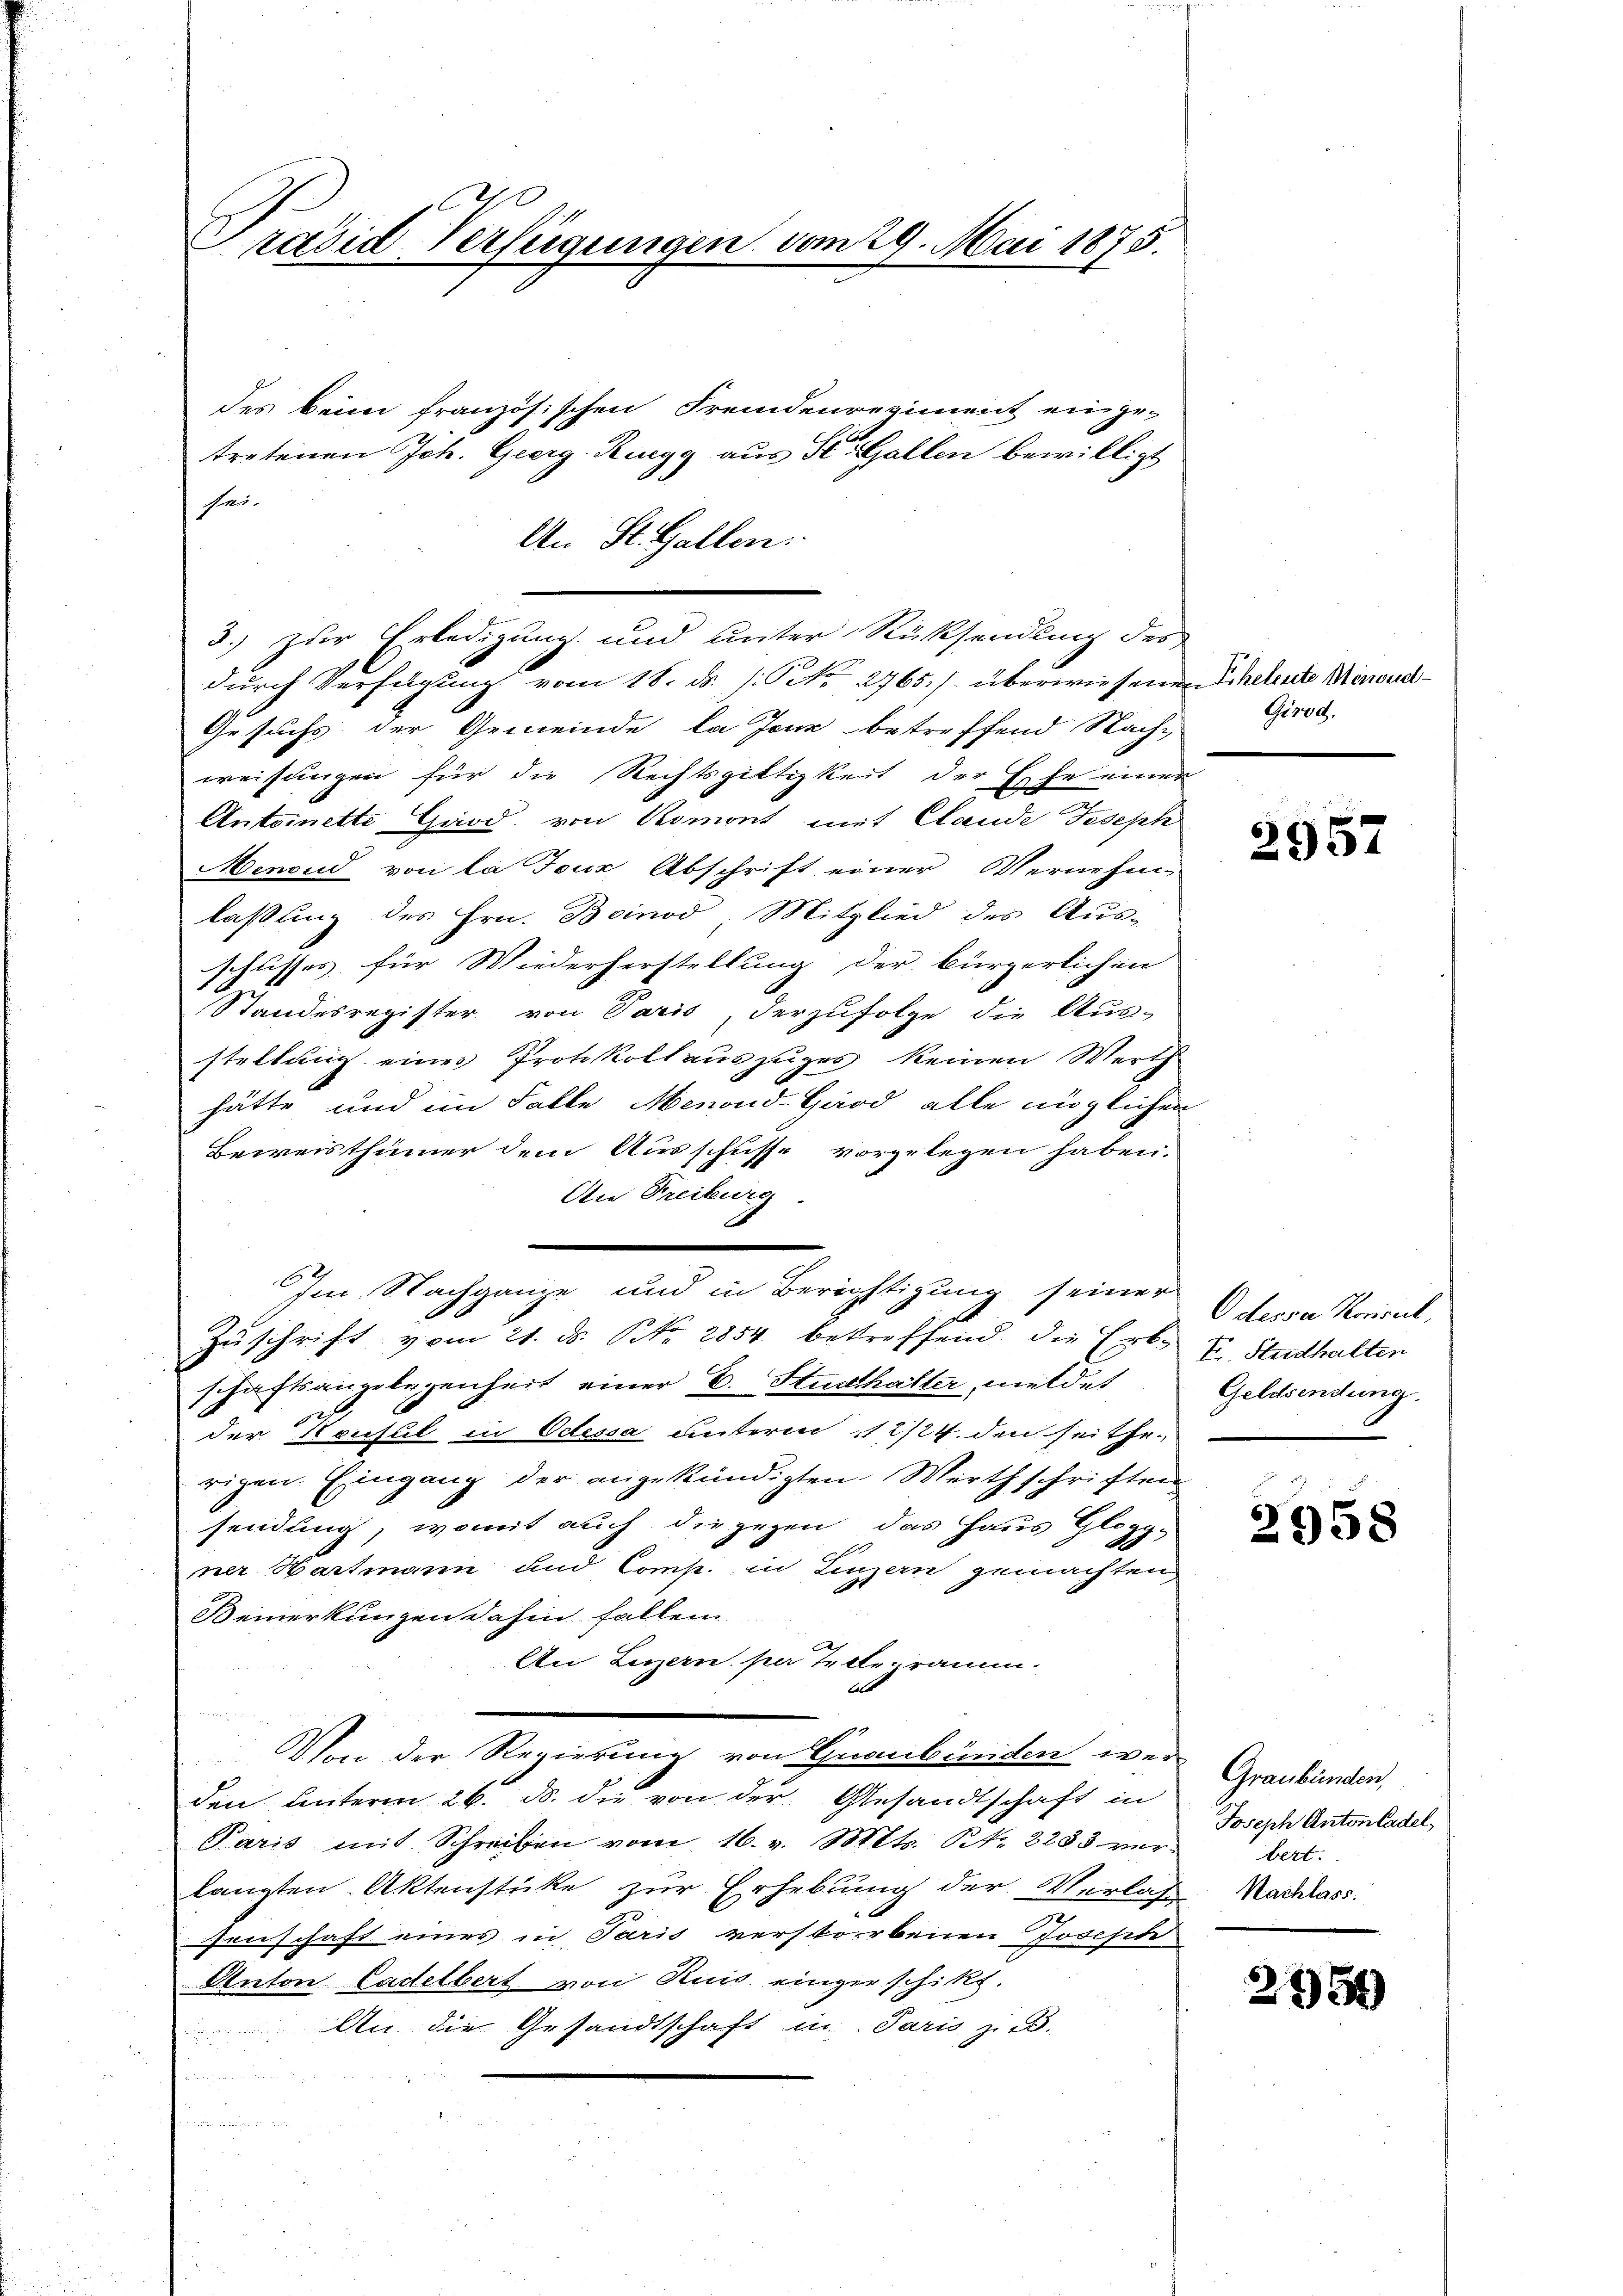
räsid-Verfügungen vom 29. Mai 1875.

durch Verfügung vom 18. ds. /: No 2765./. überwiesen.
Gesuchs der Gemeinde la Jona betreffend Nach-
weisungen für die Rechtsgültigkeit der Ehe eine
Antoinette Gard, von Romont mit Claude Joseph
Menoud von la Joux Abschrift einer Vernehm
laßung des Hrn. Beinod Mitglied des Aus-
schusses für Wiederherstellung der bürgerlichen
Standesregister von Paris, derzufolge die Aus-
stellung eines Protokoll auszuges keinen Wert-
hätte und im Falle Menoud-Gard alle mögliche
Beweisthümer dem Ausschusse vorgelegen haben.
An Freiburg.
Im Nachgange und in Berichtigung seiner
Zuschrift vom 21. d. NNo. 2854. betreffend die Erb-
schäftsangelegenheit einer E. Stadthalter, meldet
der Konsul in Odessa unterm 11 2/4. den seitherigen. Eingang der angekündigten Werthschriften
sendung, womit auch die gegen, das Haus Glogg-
ner Hartmann und Comp. in Linzern gemachten
Bemerkungen dahin fallen
An Luzern per Telegramm.
al
u
Von der Regierung von Graubünden wer
den Unterm 26. ds. die von der Gesandtschaft in
Paris mit Schreiben vom 16. v. Mts. S. 2283 ver
langten Aktenstücke zur Erhebung der Verlas
senschaft eines in Paris verstorbenen Josephi
Anton Ladelbert von Ruis eingerschikt.
An die Gesandtschaft in Paris z. B.

des beim französischen Fremdenregiment einge-
tretenen Joh. Georg Ringg aus St. Gallen bewilligt
Skr.
An St. Gallen.

u

3.) zur Erledigung und unter Rücksendung der

f

Eheleute Menoud
Grod.

e
e

2957

Odessa Konseil,
E. Studhalten
Geldsendung

2958

Graubünden,
Joseph Anton Cadel,
bert:
Nachlass

2754)